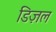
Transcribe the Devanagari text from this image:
डिज़ल